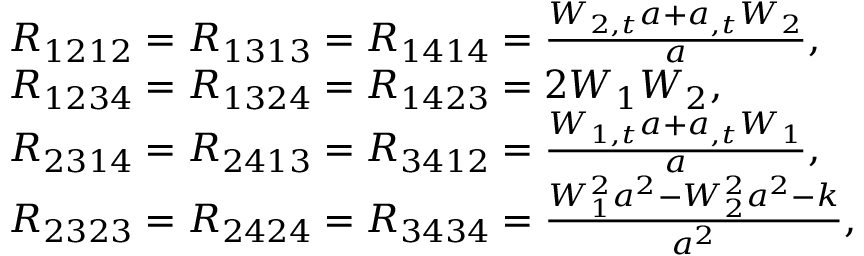
\begin{array} { r } { \begin{array} { r l } & { R _ { 1 2 1 2 } = R _ { 1 3 1 3 } = R _ { 1 4 1 4 } = \frac { W _ { 2 , t } a + a _ { , t } W _ { 2 } } { a } , } \\ & { R _ { 1 2 3 4 } = R _ { 1 3 2 4 } = R _ { 1 4 2 3 } = 2 W _ { 1 } W _ { 2 } , } \\ & { R _ { 2 3 1 4 } = R _ { 2 4 1 3 } = R _ { 3 4 1 2 } = \frac { W _ { 1 , t } a + a _ { , t } W _ { 1 } } { a } , } \\ & { R _ { 2 3 2 3 } = R _ { 2 4 2 4 } = R _ { 3 4 3 4 } = \frac { W _ { 1 } ^ { 2 } a ^ { 2 } - W _ { 2 } ^ { 2 } a ^ { 2 } - k } { a ^ { 2 } } , } \end{array} } \end{array}